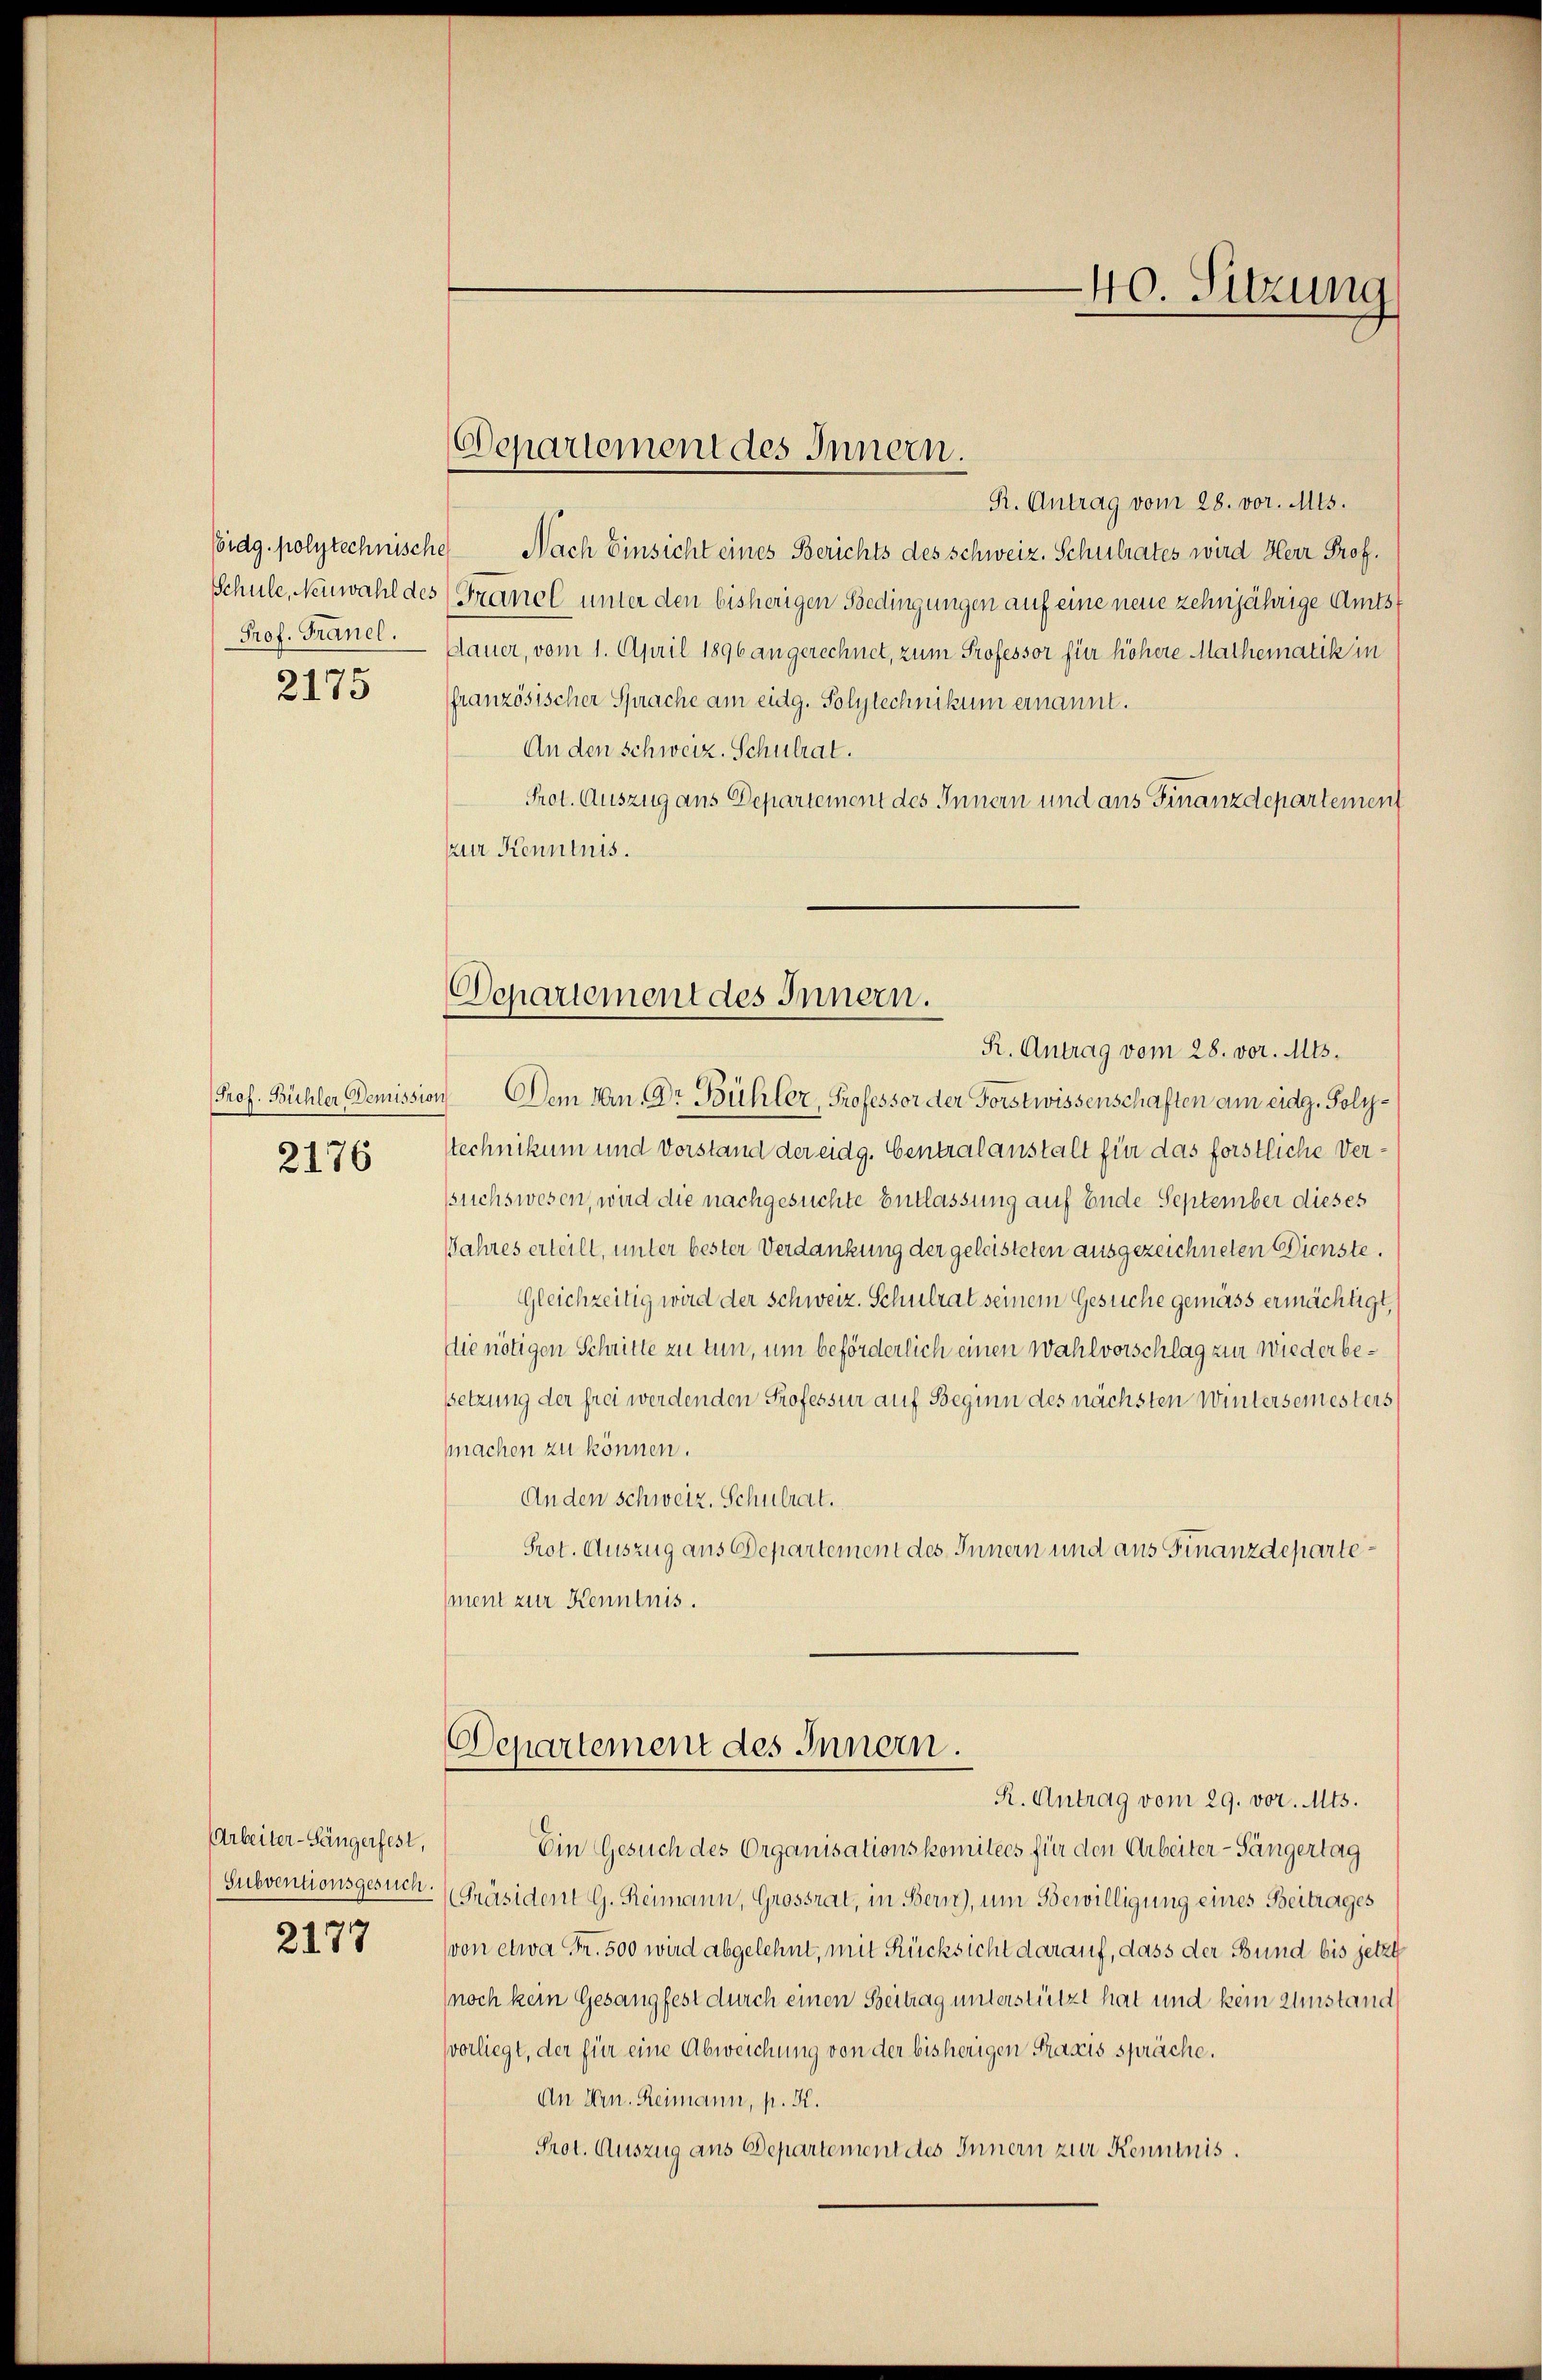
Prof. Tranel.
2175

2176

AArbeiter-Sängerfest,

2177

Pr. Antrag vom 28. vor. Mts.
oidg. polytechnische Nach Einsicht eines Berichts des Schweiz. Schulrates wird Herr Prof.
Schule, Neuwahl des Franol unter den bisherigen Bedingungen auf eine neue zehnjährige Amtsf
Dauer, vom 1. April 1896 angerechnet, zum Professor für höhere Mathematik in
französischer Sprache am eidg. Polytechnikum ernannt.
An den schweiz. Schulrat.
Prot. Auszug aus Departement des Innern und aus Finanzdepartement
zur Kenntnis.
R. Antrag vom 28. vor. Mts.
Prof. Bühler Demission Dem Hrn. Dr Bühler, Professor der Forstwissenschaften am eidg. Poly¬
Stechnikum und Vorstand der eidg. Centralanstalt für das förstliche Verssuchswesen, wird die nachgesuchte Entlassung auf Ende September dieses
Jahres erteilt, unter bester Verdankung der geleisteten ausgezeichneten Dienste.
Gleichzeitig wird der Schweiz. Schulrat seinem Gesuche gemäss ermächtigt,
Die nötigen Schritte zu tun, um beförderlich einen Wahlvorschlag zur Wiederbesetzung der frei werdenden Professur auf Beginn des nächsten Wintersemesters
machen zu können.
An den schweiz. Schulrat.
Prot. Auszug aus Departement des Innern und aus Finanzdepartement zur Kenntnis.

Departement des Innern.

Departement des Innern.

40. Sitzung

Departement des Innern.
R. Antrag vom 29. vor. Mts.

Ein Gesuch des Organisationskomitees für den Arbeiter- Sängertag
Subventionsgesuch. Präsident G. Reimann, Grossrat, in Bern), um Bewilligung eines Beitrages
von etwa Fr. 500 wird abgelehnt, mit Rücksicht darauf, dass der Bund bis jetzt
noch kein Gesangfest durch einen Beitrag unterstützt hat und kein Umstand
vorliegt, der für eine Abweichung von der bisherigen Praxis spräche.
An Hrn. Reimann, p. K.
Prot. Auszug aus Departement des Innern zur Kenntnis.